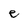
Character: e